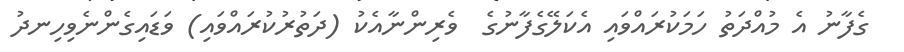
ގެފާނު އެ މުއްދަތު ހަމަކުރައްވައި އެކަލޭގެފާނުގެ  ވެރިންނާއެކު (ދަތުރުކުރައްވައި) ވަޑައިގެންނެވިހިނދު